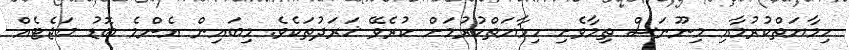
ހިމާޔަތްކުރުމާއި މިނޫނަސް ތިމާވެށި ހިމާޔަތްކުރުމަށް ކުރެވޭ ޚަރަދުތަކެވެ. މިބައިން އެންމެ ބޮޑު ބަޖެޓެއް